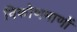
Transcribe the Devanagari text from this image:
विकोणमाणों